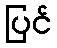
ပြင်